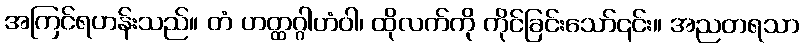
အကြင်ရဟန်းသည်။ တံ ဟတ္ထဂ္ဂါဟံဝါ၊ ထိုလက်ကို ကိုင်ခြင်းသော်၎င်း။ အညတရသာ